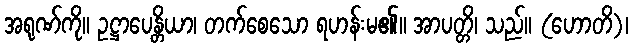
အရုဏ်ကို။ ဥဋ္ဌာပေန္တိယာ၊ တက်စေသော ရဟန်းမ၏။ အာပတ္တိ၊ သည်။ (ဟောတိ)၊